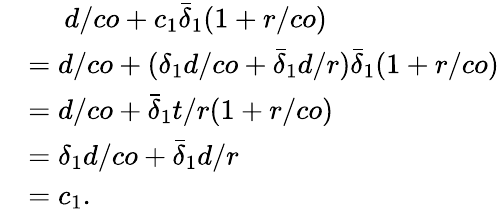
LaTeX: \begin{array}{rl}&{\quad\; d/co+c_{1}\bar{\delta}_{1}(1+r/co)}\\ &{=d/co+(\delta_{1}d/co+\bar{\delta}_{1}d/r)\bar{\delta}_{1}(1+r/co)}\\ &{=d/co+\bar{\delta}_{1}t/r(1+r/co)}\\ &{=\delta_{1}d/co+\bar{\delta}_{1}d/r}\\ &{=c_{1}.}\end{array}